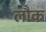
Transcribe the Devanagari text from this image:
लौक